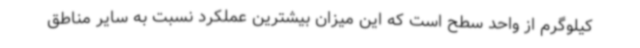
کیلوگرم از واحد سطح است که این میزان بیشترین عملکرد نسبت به سایر مناطق